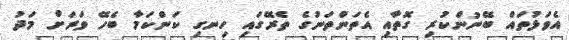
އެވަޅުތައް ބޭނުންކުރި ގޮތާއި އެތަންތަނުގެ ތެރޭގައި ހިނގި ކަންކަމާ ބެހޭ ވަރަށް މަދު